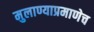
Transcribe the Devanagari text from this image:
मुलाण्याप्रमाणेच